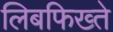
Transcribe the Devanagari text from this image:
लिबफिख्ते